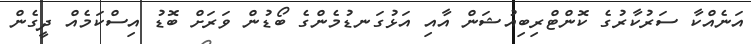
އަނެއްކާ ސަރުކާރުގެ ކޮންޓްރިބިއުޝަން އާއި އަޅުގަނޑުމެންގެ ބޯޑުން ވަރަށް ބޮޑު އިސްކަމެއް ދީގެން